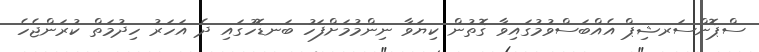
ސްޕޮންސަރޝިޕް އެއްބަސްވުމުގައިވާ ގޮތުން ކިޔަވާ ނިންމުމަށްފަހު ބަނޑޮހުގައި ދެ އަހަރު ހިދުމަތް ކުރަންޖެހެ